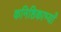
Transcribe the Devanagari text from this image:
कनिष्ठिकाभ्याँ